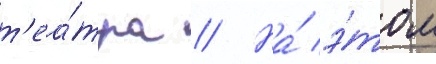
т'еа́тра // На́ э́том